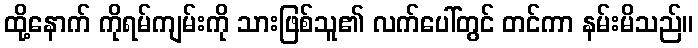
ထို့နောက် ကိုရမ်ကျမ်းကို သားဖြစ်သူ၏ လက်ပေါ်တွင် တင်ကာ နမ်းမိသည်။